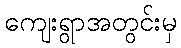
ကျေးရွာအတွင်းမှ